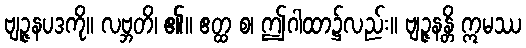
ဗျဉ္ဇနပဒကို။ လဗ္ဘတိ၊ ၏။ ဧတ္ထ စ၊ ဤဂါထာ၌လည်း။ ဗျဉ္ဇနန္တိ ဣမဿ